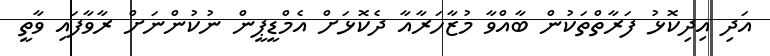
އަދި އިދިކޮޅު ފަރާތްތަކުން ބާއްވާ މުޒާހަރާއާ ދެކޮޅަށް އެމްޑީޕީން ނުކުންނަށް ރާވާފައި ވާތީ